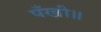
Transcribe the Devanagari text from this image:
पँखी॥